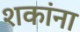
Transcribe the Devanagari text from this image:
शकांना